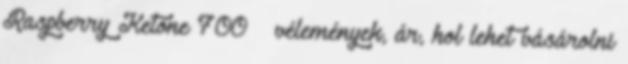
Raspberry Ketone 700 – vélemények, ár, hol lehet vásárolni